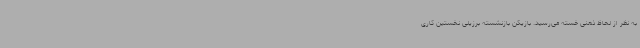
به نظر از لحاظ ذهنی خسته می‌رسید. بازیکن بازنشسته برزیلی نخستین کاری